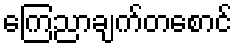
ကြေညာချက်တစောင်